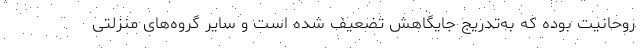
روحانیت بوده که به‌تدریج جایگاهش تضعیف شده است و سایر گروه‌های منزلتی